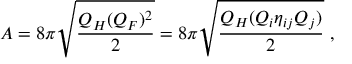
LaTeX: A = 8 \pi \sqrt { \frac { Q _ { H } ( Q _ { F } ) ^ { 2 } } { 2 } } = 8 \pi \sqrt { \frac { Q _ { H } ( Q _ { i } \eta _ { i j } Q _ { j } ) } { 2 } } \ ,